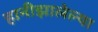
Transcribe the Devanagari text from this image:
हानीझालेल्या